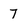
Character: 7